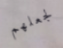
لجعلهم